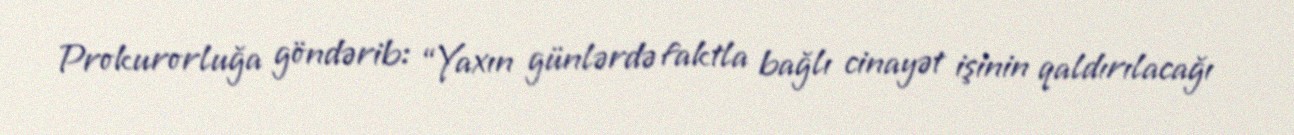
Prokurorluğa göndərib: “Yaxın günlərdə faktla bağlı cinayət işinin qaldırılacağı